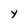
Character: Y